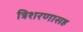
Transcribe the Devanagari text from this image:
त्रिशरणासह